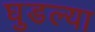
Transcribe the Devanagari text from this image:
घुडल्या